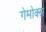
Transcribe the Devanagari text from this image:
गेमोक्स